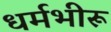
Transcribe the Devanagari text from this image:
धर्मभीरू